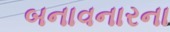
બનાવનારના